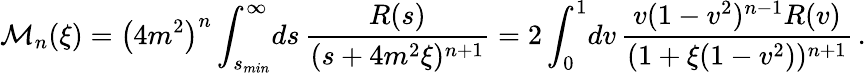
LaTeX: {\cal M}_{n}(\xi)=\left(4m^{2}\right)^{n}\int_{s_{min}}^{\infty}\! ds\, \frac{R(s)}{(s+4m^{2}\xi)^{n+1}}=2\int_{0}^{1}\! dv\, \frac{v(1-v^{2})^{n-1}R(v)}{(1+\xi(1-v^{2}))^{n+1}}\, .